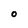
Character: O